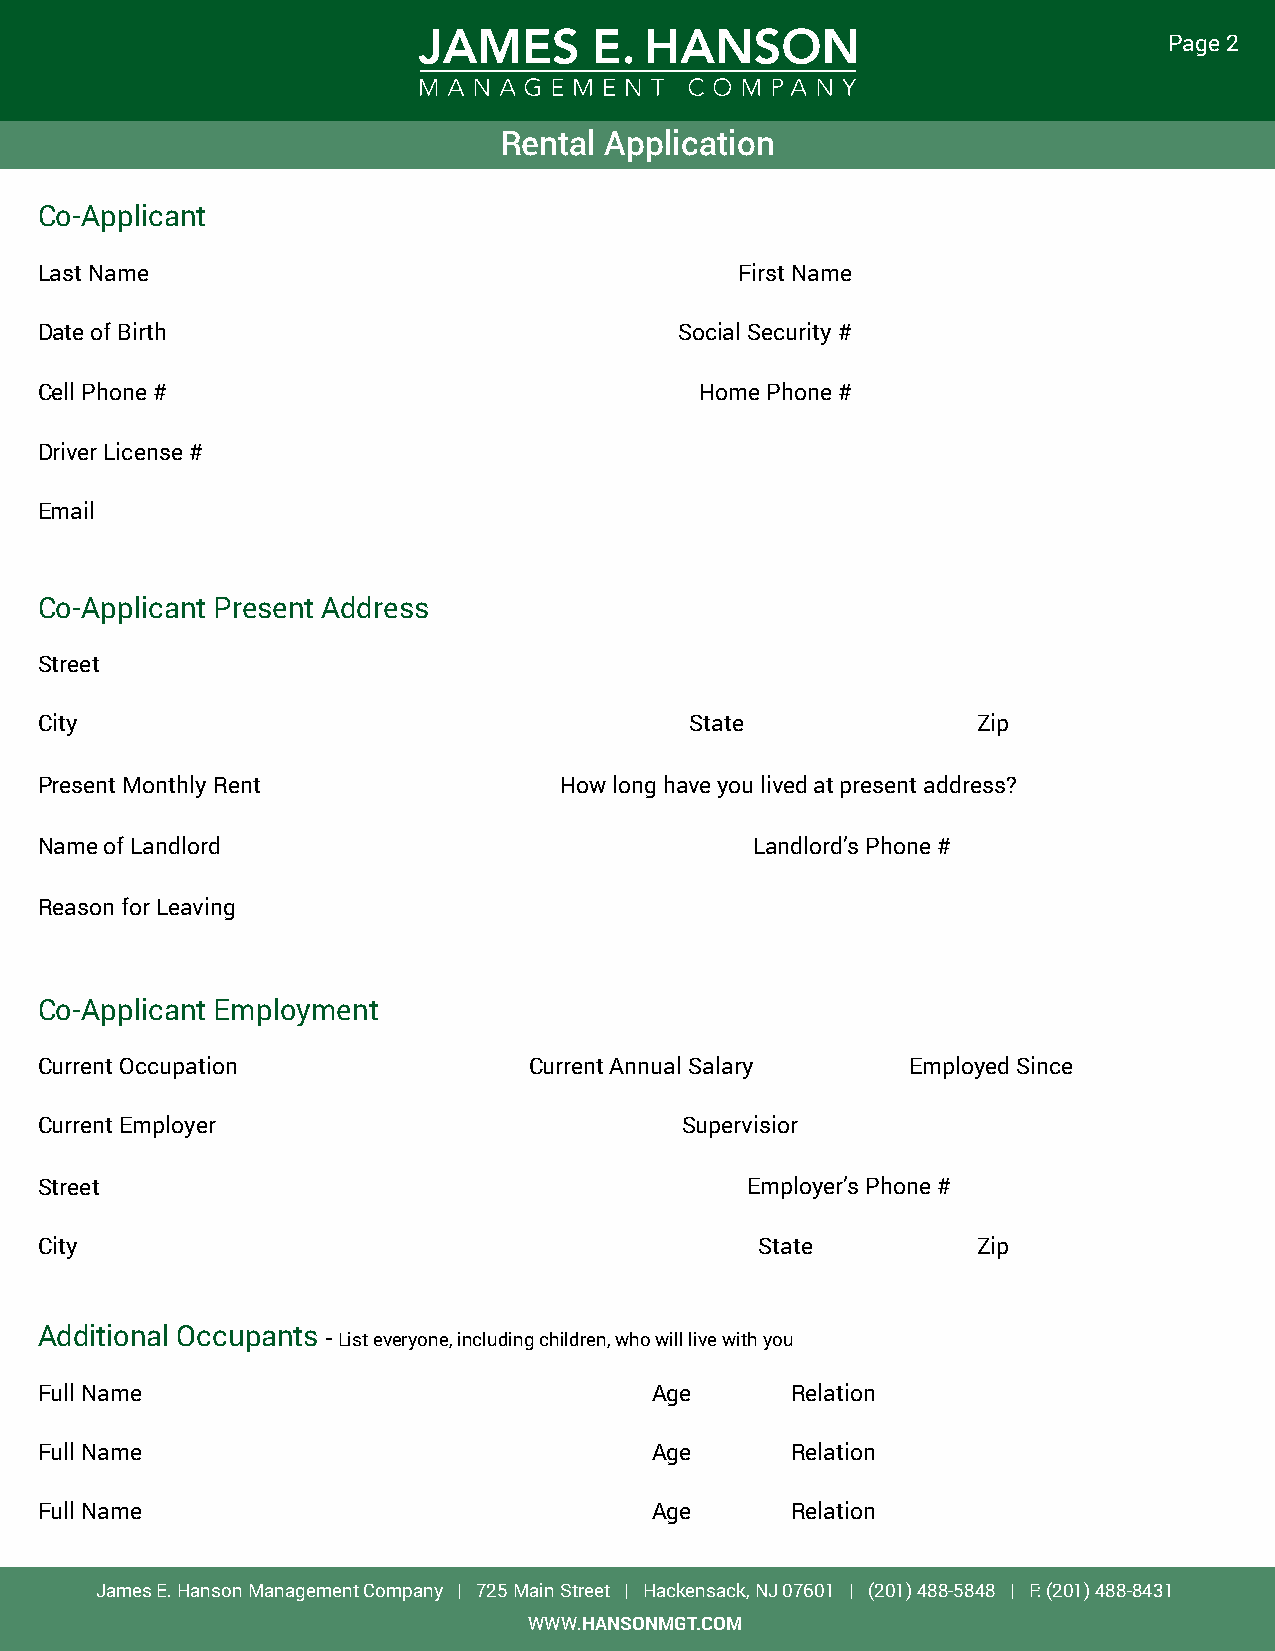
Page 2
 Rental Application
 Co-Applicant
 Last Name                                      First Name
 Date of Birth                              Social Security #
 Cell Phone #                                Home Phone #
 Driver License #
 Email
 Co-Applicant Present Address
 Street
 City                                        State              Zip
 Present Monthly Rent               How long have you lived at present address?
 Name of Landlord                                Landlord’s Phone #
 Reason for Leaving
 Co-Applicant Employment
 Current Occupation               Current Annual Salary    Employed Since
 Current Employer                           Supervisior
 Street                                         Employer’s Phone #
 City                                            State          Zip
 Additional Occupants - List everyone, including children, who will live with you
 Full Name                                Age      Relation
 Full Name                                Age      Relation
 Full Name                                Age      Relation
 James E. Hanson Management Company | 725 Main Street | Hackensack, NJ 07601 | (201) 488-5848 | F: (201) 488-8431
 WWW.HANSONMGT.COM